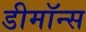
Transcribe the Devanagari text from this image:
डीमॉन्स